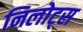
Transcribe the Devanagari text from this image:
निलोट्स